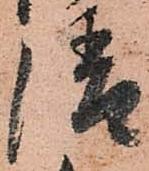
清